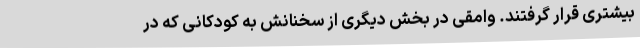
بیشتری قرار گرفتند. وامقی در بخش دیگری از سخنانش به کودکانی که در